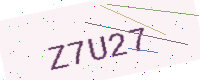
Text: Z7U27